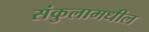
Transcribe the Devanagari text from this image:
संकुलामधील